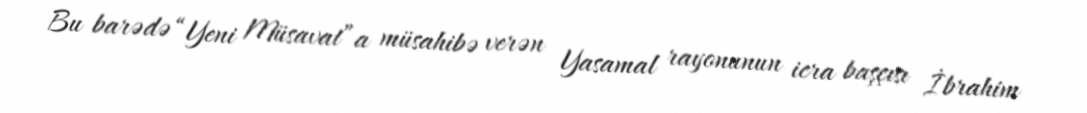
Bu barədə “Yeni Müsavat”a müsahibə verən Yasamal rayonunun icra başçısı İbrahim